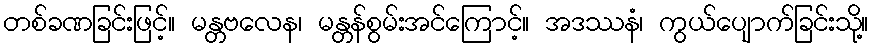
တစ်ခဏခြင်းဖြင့်။ မန္တဗလေန၊ မန္တန်စွမ်းအင်ကြောင့်။ အဒဿနံ၊ ကွယ်ပျောက်ခြင်းသို့။